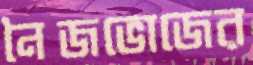
নৈজভোজের